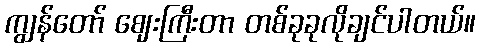
ကျွန်တော် ဈေးကြီးတာ တစ်ခုခုလိုချင်ပါတယ်။